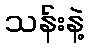
သန်းနဲ့